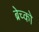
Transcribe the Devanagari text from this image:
ब्रेच्को